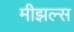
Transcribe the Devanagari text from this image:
मीझल्स